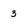
Character: 3